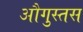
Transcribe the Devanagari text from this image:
औगुस्तस